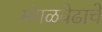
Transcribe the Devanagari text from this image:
मंगळवेढाचे